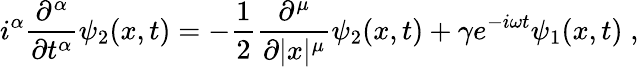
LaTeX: i^{\alpha}\frac{\partial^{\alpha}}{\partial t^{\alpha}}\psi_{2}(x,t)=-\frac{1}{2}\frac{\partial^{\mu}}{\partial|x|^{\mu}}\psi_{2}(x,t)+\gamma e^{-i\omega t}\psi_{1}(x,t)\; ,